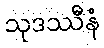
သုဒဿီနံ